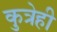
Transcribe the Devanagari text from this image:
कुत्रेही